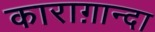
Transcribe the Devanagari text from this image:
काराग़ान्दा